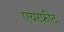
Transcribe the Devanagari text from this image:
एयरफ़्रीट